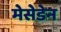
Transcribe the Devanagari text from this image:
मेसेडेन